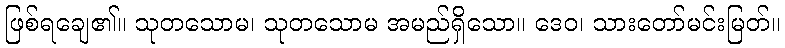
ဖြစ်ရချေ၏။ သုတသောမ၊ သုတသောမ အမည်ရှိသော။ ဒေဝ၊ သားတော်မင်းမြတ်။